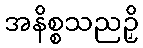
အနိစ္စသညဉှိ